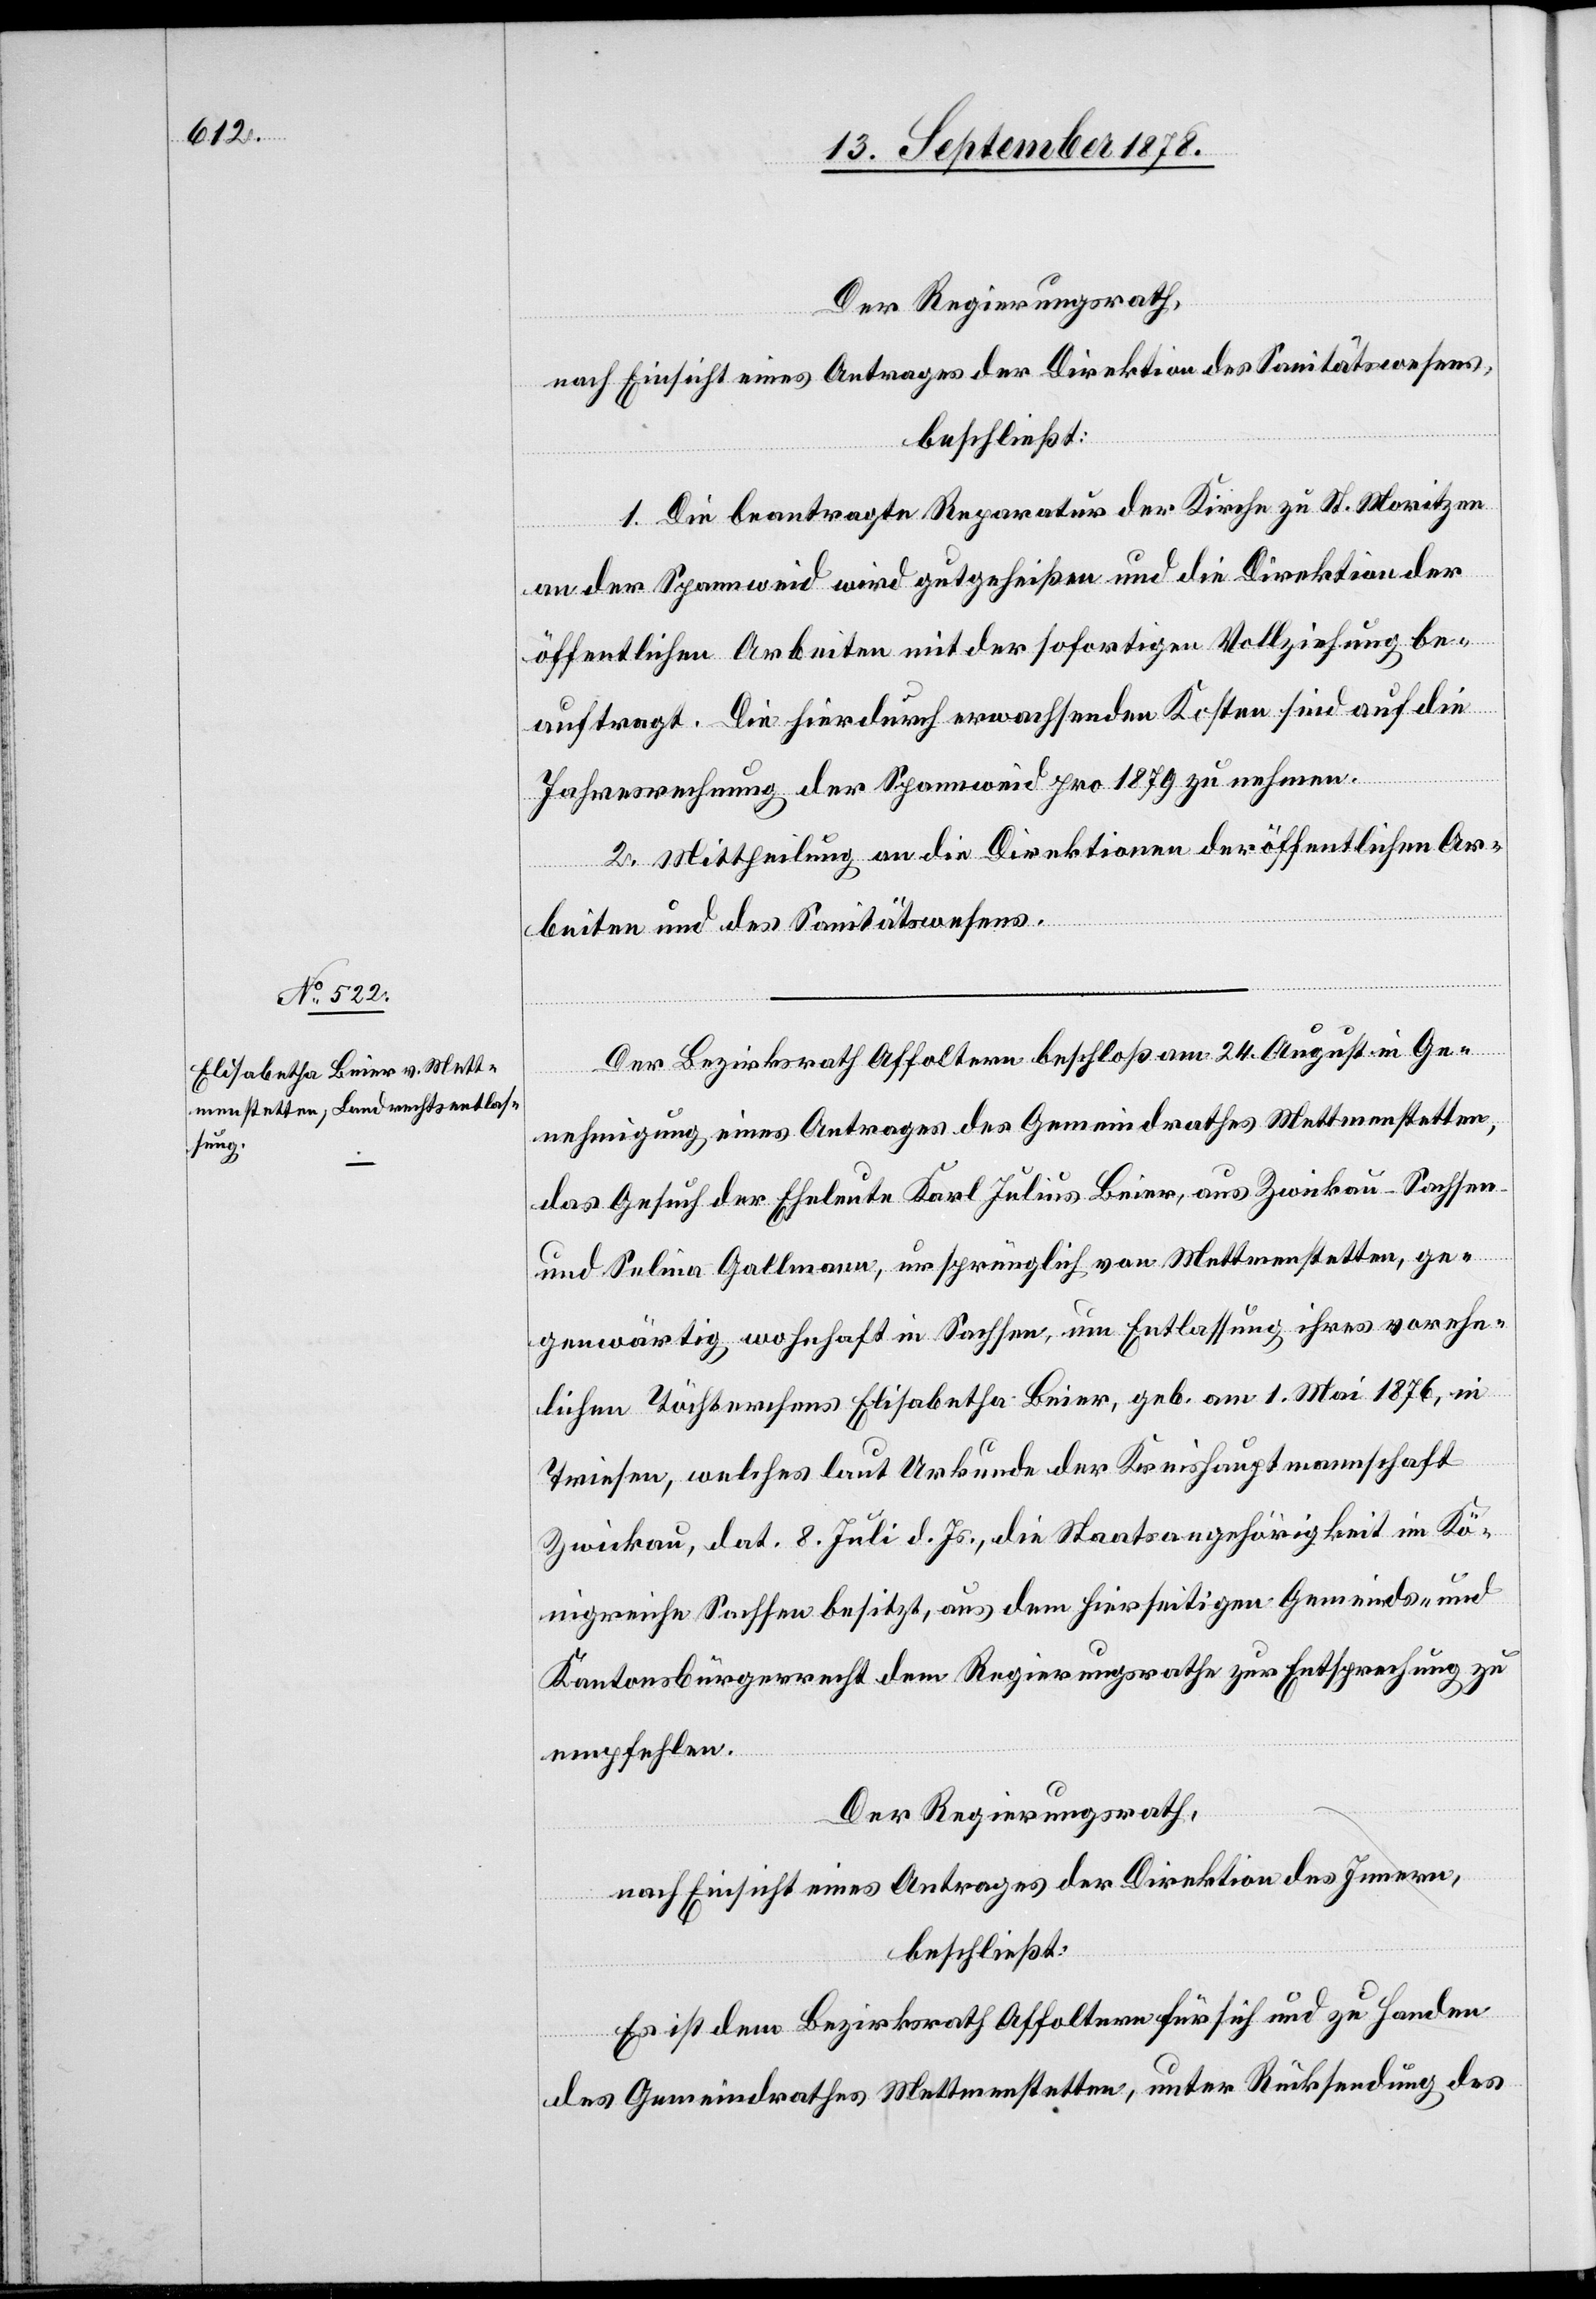
Der Regierungsrath,
nach Einsicht eines Antrages der Direktion des Sanitätswesens,
beschließt:
1. Die beantragte Reparatur der Kirche zu St. Moritzen
an der Spannweid wird gutgeheißen und die Direktion der
öffentlichen Arbeiten mit der sofortigen Vollziehung be¬
auftragt. Die hierdurch erwachsenden Kosten sind auf die
Jahresrechnung der Spannweid pro 1879 zu nehmen.
2. Mittheilung an die Direktionen der öffentlichen Ar¬
beiten und des Sanitätswesens.
Der Bezirksrath Affoltern beschloß am 24. August in Ge¬
nehmigung eines Antrages des Gemeindrathes Mettmenstetten,
das Gesuch der Eheleute Karl Julius Beier, aus Zwickau - Sachsen
und Selina Gallmann, ursprünglich von Mettmenstetten, ge¬
genwärtig wohnhaft in Sachsen, um Entlassug ihres vorehe¬
lichen Töchterchens Elisabetha Beier, geb. am 1. Mai 1876, in
Triesen, welches laut Urkunde der Kreishauptmannschaft
Zwickau, dat. 8. Juli d. Js., die Staatsangehörigkeit im Kö¬
nigreiche Sachsen besitzt, aus dem hierseitigen Gemeinds- und
Kantonsbürgerrecht dem Regierungsrathe zur Entsprechung zu
empfehlen.
Der Regierungsrath,
nach Einsicht eines Antrages der Direktion des Innern,
beschließt:
Es ist dem Bezirksrath Affoltern für sich und zu Handen
des Gemeindrathes Mettmenstetten, unter Rücksendung des